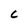
Character: C